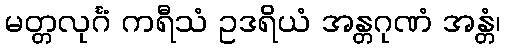
မတ္တလုင်္ဂံ ကရီသံ ဥဒရိယံ အန္တဂုဏံ အန္တံ၊